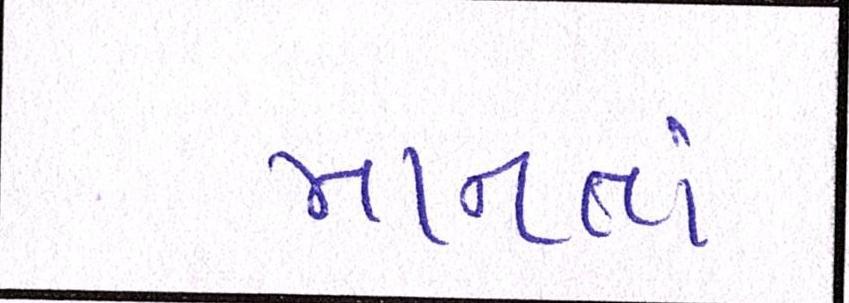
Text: માનતાં